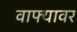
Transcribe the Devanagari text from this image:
वाफ्यावर